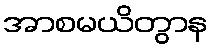
အာစမယိတွာန